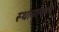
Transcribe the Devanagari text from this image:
स्‍थानान्‍तरण